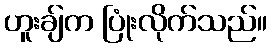
ဟူးချ်က ပြုံးလိုက်သည်။